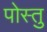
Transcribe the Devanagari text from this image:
पोस्तु